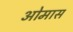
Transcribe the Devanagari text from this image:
ओमास